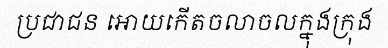
ប្រជាជន អោយកើតចលាចលក្នុងក្រុង